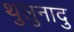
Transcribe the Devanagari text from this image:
थुलुनादु